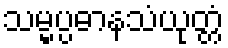
သမ္မပ္ပဓာနသံယုတ္တံ